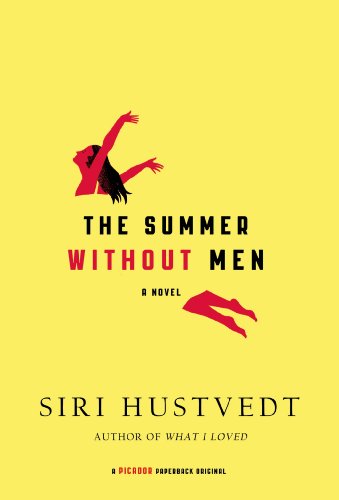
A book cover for The Summer Without Men: A Novel; Siri Hustvedt; Literature & Fiction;